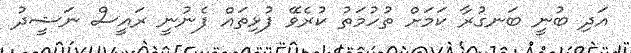
އަދި ބުނީ ބަނގުރާ ކަމަށް ތުހުމަތު ކުރެވޭ ފުޅިތައް ފެނުނީ ރައީސް ނަޝީދު